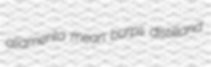
aliamenta mean burps distilland